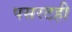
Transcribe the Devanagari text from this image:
पसरटही